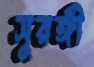
সুরঙ্গী